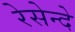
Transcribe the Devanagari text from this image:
रेसेन्दे